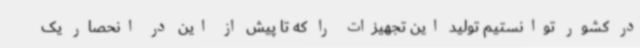
در کشور توانستیم تولید این تجهیزات را که تا پیش از این در انحصار یک